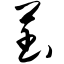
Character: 芏